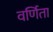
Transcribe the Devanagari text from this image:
वर्णिता